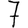
Digit: 7